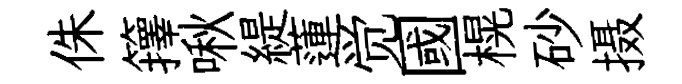
侏籜啾緹蓮觉國榥砂摄